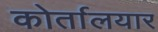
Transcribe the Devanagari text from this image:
कोर्तालयार